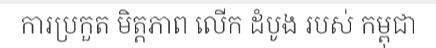
ការប្រកួត មិត្តភាព លើក ដំបូង របស់ កម្ពុជា